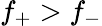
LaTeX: f_{+}>f_{-}